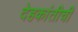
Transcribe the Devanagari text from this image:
देहकांतीची